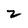
Character: 2